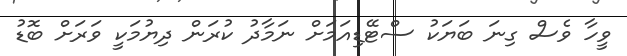
ވީހާ ވެސް ގިނަ ބަޔަކު ސްޓޭޑިއަމަށް ނަމާދު ކުރަން ދިޔުމަކީ ވަރަށް ބޮޑު